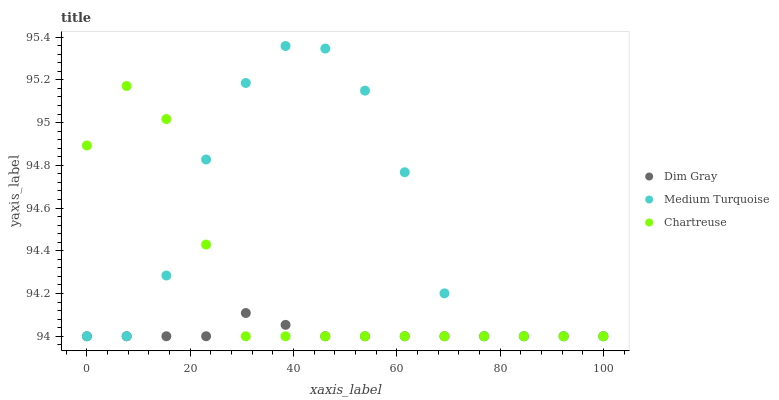
| xaxis_label | Dim Gray | Medium Turquoise | Chartreuse |
 | --- | --- | --- | --- |
 | 0 | 94 | 94 | 94.9 |
 | 7.69 | 94 | 94 | 95.2 |
 | 15.4 | 94 | 94.3 | 95 |
 | 23.1 | 94 | 94.8 | 94.4 |
 | 30.8 | 94.1 | 95.2 | 94 |
 | 38.5 | 94.1 | 95.4 | 94 |
 | 46.2 | 94 | 95.3 | 94 |
 | 53.8 | 94 | 95.1 | 94 |
 | 61.5 | 94 | 94.8 | 94 |
 | 69.2 | 94 | 94.2 | 94 |
 | 76.9 | 94 | 94 | 94 |
 | 84.6 | 94 | 94 | 94 |
 | 92.3 | 94 | 94 | 94 |
 | 100 | 94 | 94 | 94 |